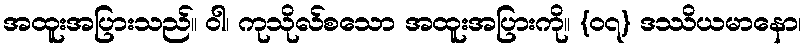
အထူးအပြားသည်။ ဝါ၊ ကုသိုလ်စသော အထူးအပြားကို။ {၀၇} ဒဿိယမာနော၊